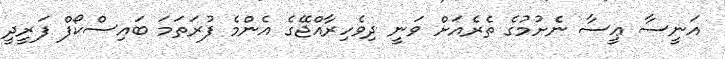
އަނީސާ ޢީސާ ނެށުމުގެ ތެރެއަށް ވަނީ ދިވެހިރާއްޖޭގެ އެންމެ ފުރަތަމަ ބައިސްކޯފް ފަރީދީ